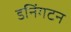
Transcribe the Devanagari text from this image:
डनिंगटन